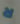
لا